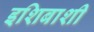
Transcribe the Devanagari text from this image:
इशिबाशी